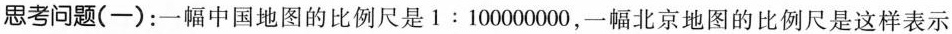
思考问题(-)：一幅中国地图的比例尺是1:100000000，一幅北京地图的比例尺是这样表示